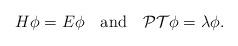
LaTeX: \begin{align*}H\phi=E\phi\quad{\rm and}\quad{\cal PT}\phi=\lambda\phi.\end{align*}